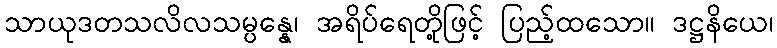
သာယုဒတသလိလသမ္ပန္နေ၊ အရိပ်ရေတို့ဖြင့် ပြည့်ထသော။ ဒဋ္ဌနိယေ၊